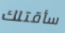
سأقتلك